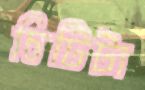
চিটিটা